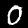
Digit: 0